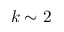
k \sim 2